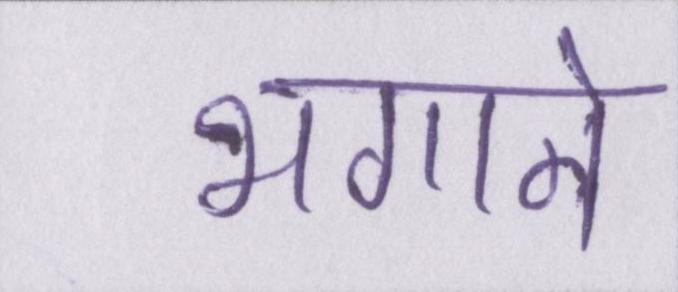
भगाने